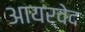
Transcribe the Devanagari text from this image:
आयर्वेद